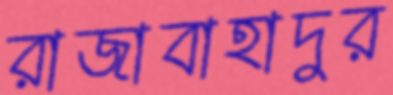
রাজাবাহাদুর